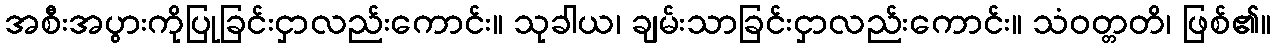
အစီးအပွားကိုပြုခြင်းငှာလည်းကောင်း။ သုခါယ၊ ချမ်းသာခြင်းငှာလည်းကောင်း။ သံဝတ္တတိ၊ ဖြစ်၏။